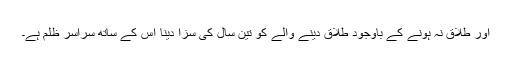
اور طلاق نہ ہونے کے باوجود طلاق دینے والے کو تین سال کی سزا دینا اس کے ساتھ سراسر ظلم ہے۔